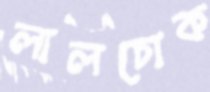
লালচোক